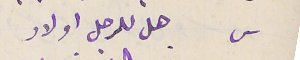
س هل للرجل اولاد